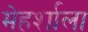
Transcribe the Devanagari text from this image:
मेहर्शाला